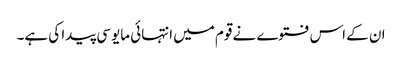
ان کے اس فتوے نے قوم میں انتہائی مایوسی پیدا کی ہے۔